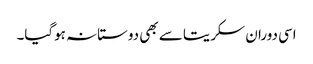
اسی دوران سکریتا سے بھی دوستانہ ہوگیا۔